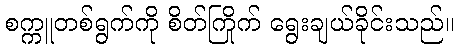
စက္ကူတစ်ရွက်ကို စိတ်ကြိုက် ရွေးချယ်ခိုင်းသည်။